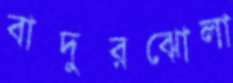
বাদুরঝোলা